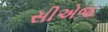
સીએજ